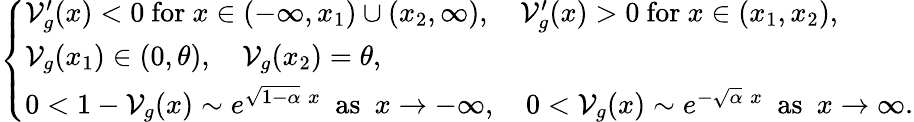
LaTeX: \left\{ \begin{array}{l}{\mathcal{V}_{g}^{\prime}(x)<0\mathrm{~for~}x\in(-\infty,x_{1})\cup(x_{2},\infty),\quad\mathcal{V}_{g}^{\prime}(x)>0\mathrm{~for~}x\in(x_{1},x_{2}),}\\ {\mathcal{V}_{g}(x_{1})\in(0,\theta),\quad\mathcal{V}_{g}(x_{2})=\theta,}\\ {0<1-\mathcal{V}_{g}(x)\sim e^{\sqrt{1-\alpha}\; x}\mathrm{\ \ as\ \ }x\to-\infty,\quad 0<\mathcal{V}_{g}(x)\sim e^{-\sqrt{\alpha}\; x}\mathrm{\ \ as\ \ }x\to\infty.}\end{array}\right.